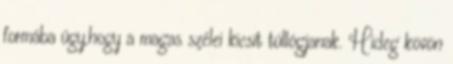
formába úgy,hogy a magas szélei kicsit túllógjanak. Hideg kövön